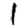
Digit: 1